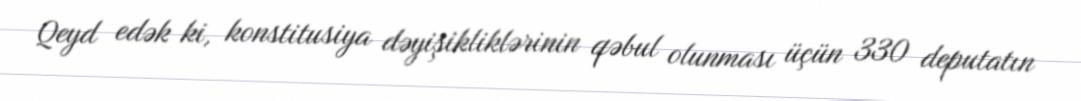
Qeyd edək ki, konstitusiya dəyişikliklərinin qəbul olunması üçün 330 deputatın